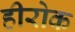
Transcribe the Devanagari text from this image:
हीरोक